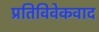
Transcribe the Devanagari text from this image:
प्रतिविवेकवाद